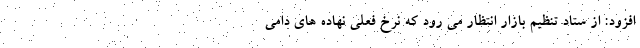
افزود: از ستاد تنظیم بازار انتظار می رود که نرخ فعلی نهاده های دامی